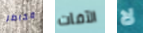
مخاطر الآفات لا